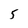
Character: 5